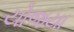
યોજયા